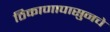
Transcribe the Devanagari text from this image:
ठिकाणापासुनचे